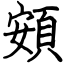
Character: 頞